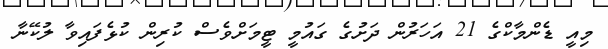
މިއީ ޑެންމާކްގެ 21 އަހަރުން ދަށުގެ ގައުމީ ޓީމަށްވެސް ކުރިން ކުޅެފައިވާ ލުކޭނާ